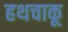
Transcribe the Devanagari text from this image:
हथचाकू